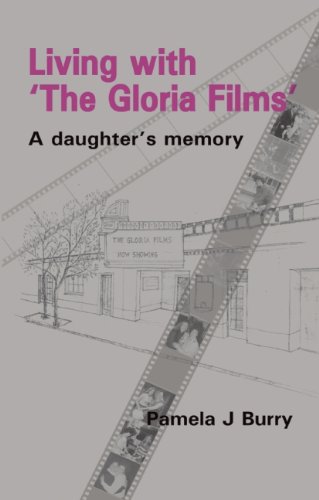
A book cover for Living with 'The Gloria Films': A daughter's memory; Pamela J Burry; Medical Books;